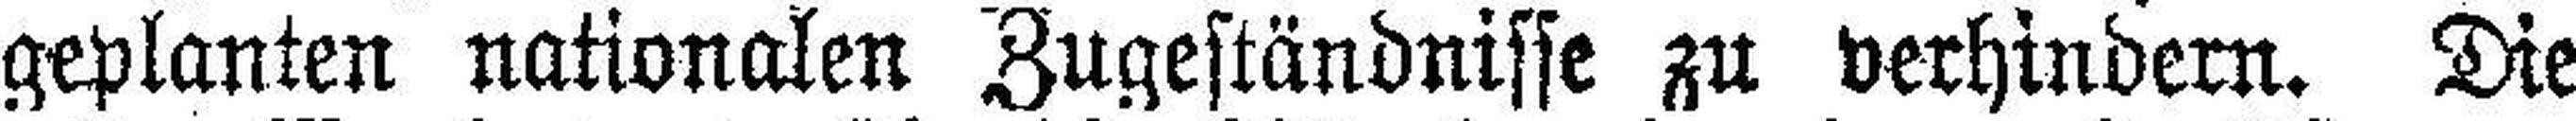
geplanten nationalen Zugeständnisse zu verhindern. Die